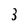
Character: 3